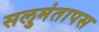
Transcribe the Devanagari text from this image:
सलुमंतापस